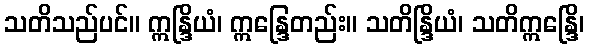
သတိသည်ပင်။ ဣန္ဒြိယံ၊ ဣန္ဒြေတည်း။ သတိန္ဒြိယံ၊ သတိဣန္ဒြေိ၊